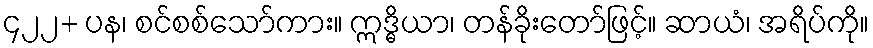
၄၂၂+ ပန၊ စင်စစ်သော်ကား။ ဣဒ္ဓိယာ၊ တန်ခိုးတော်ဖြင့်။ ဆာယံ၊ အရိပ်ကို။